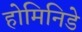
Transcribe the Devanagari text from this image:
होमिनिडे